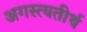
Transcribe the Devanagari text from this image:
अगस्त्यतीर्थ